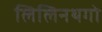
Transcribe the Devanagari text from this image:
लिलिनथगो